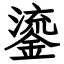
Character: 鎏